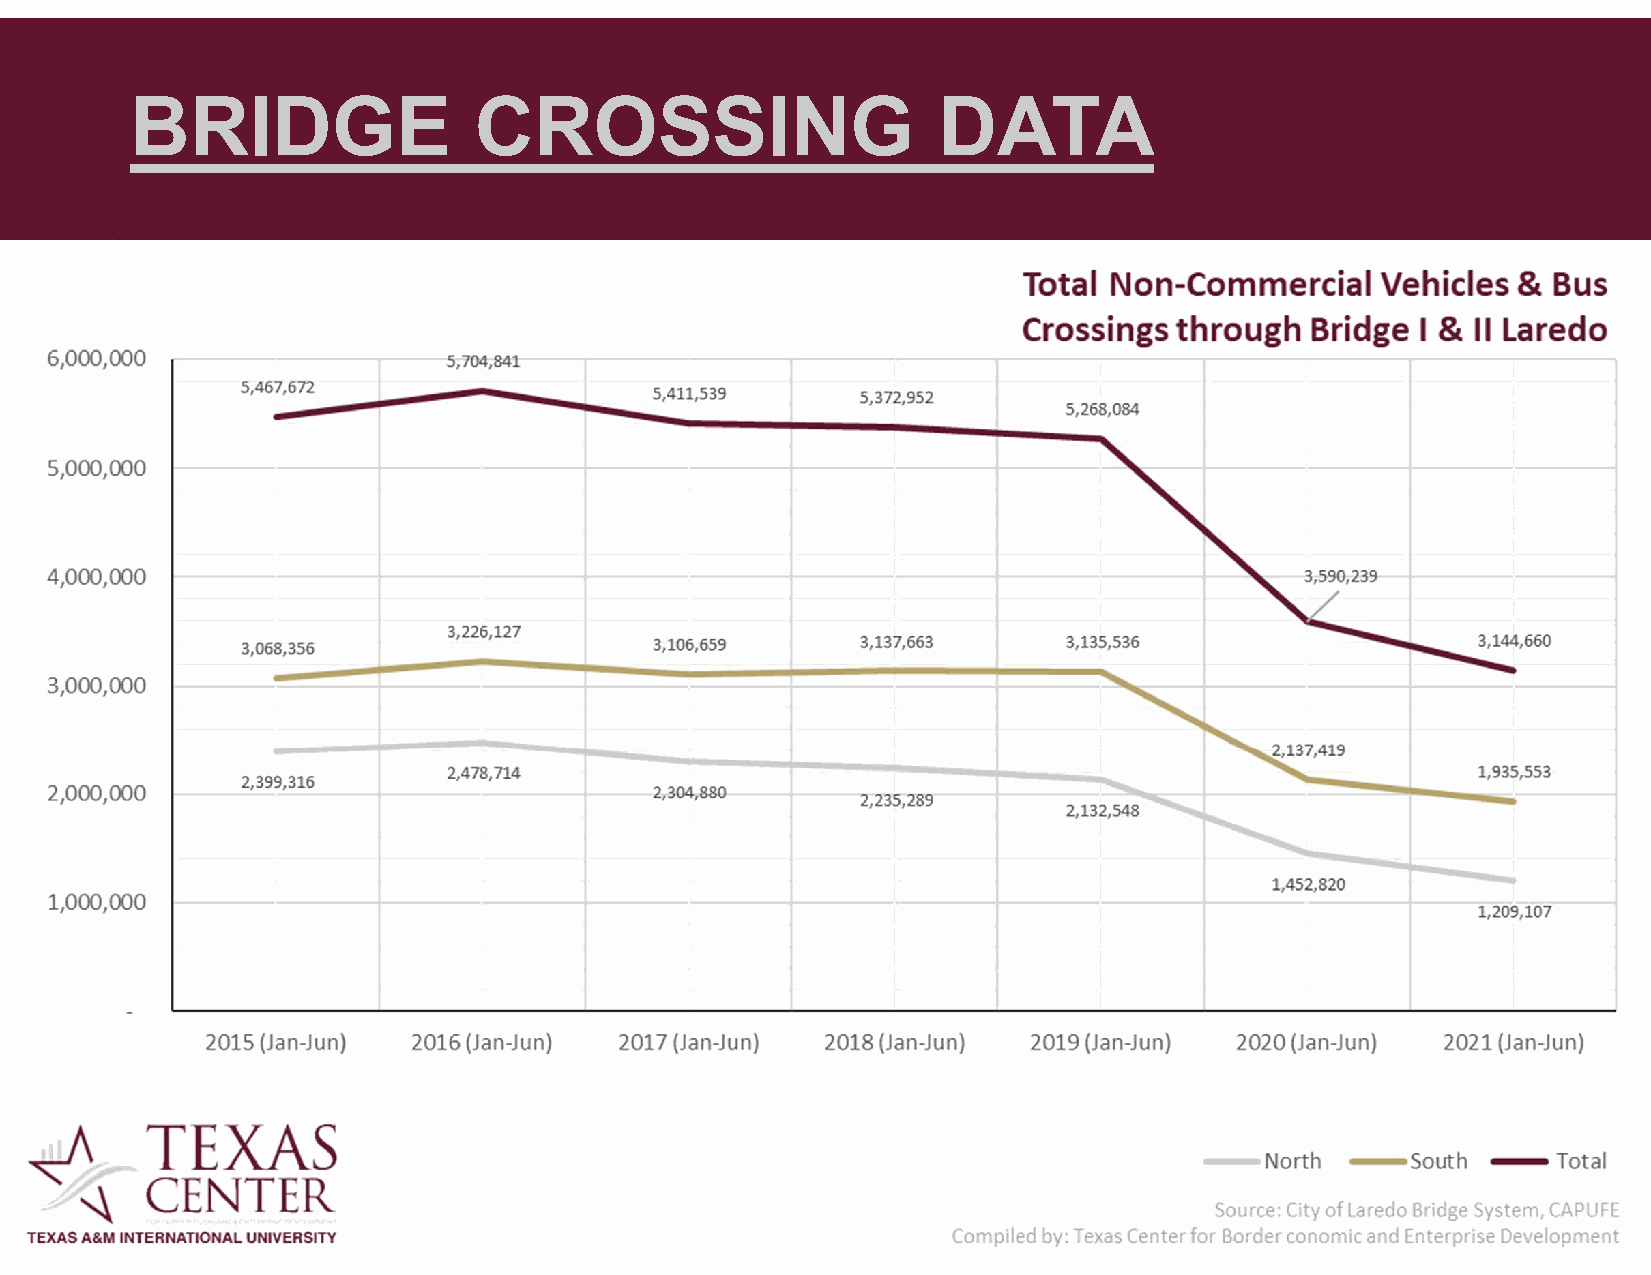
BRIDGE                CROSSING                       DATA